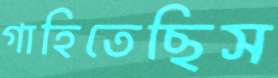
গাহিতেছিস